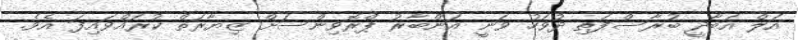
އަލް އަބާދީ ބުރާސްފަތި ދުވަހު ވަނީ އަންބާރު ޕްރޮވިންސަށް ޒިޔާރަތް ކުރައްވައިފަ އެވެ.